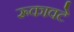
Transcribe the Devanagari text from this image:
रूकावटे